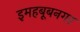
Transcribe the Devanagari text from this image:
इमहबूबनगर